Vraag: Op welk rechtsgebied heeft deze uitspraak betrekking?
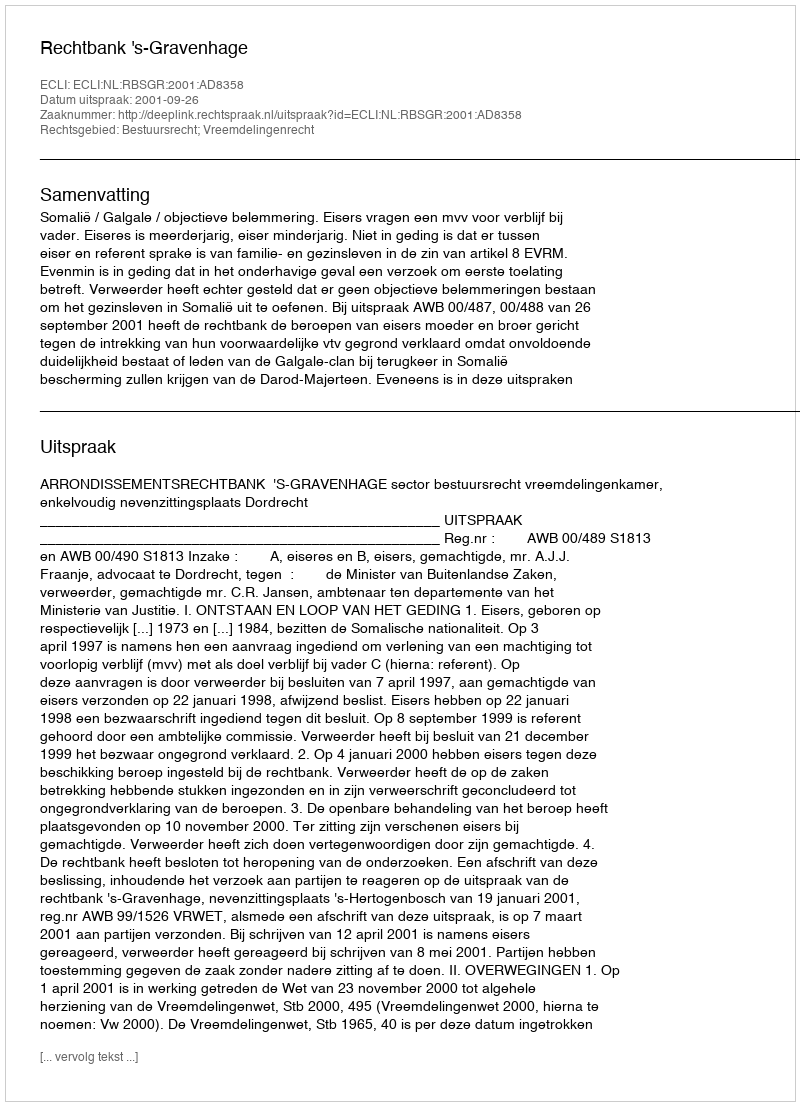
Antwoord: Bestuursrecht; Vreemdelingenrecht